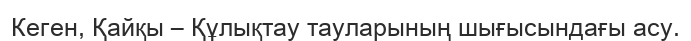
Кеген, Қайқы – Құлықтау тауларының шығысындағы асу.